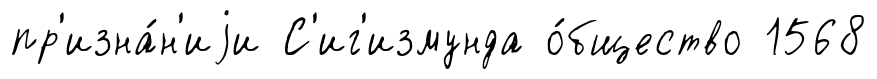
пр'изна́н'иjи С'иг'измунда о́бщество 1568